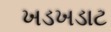
ખડખડાટ